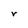
Character: r